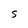
Character: s